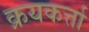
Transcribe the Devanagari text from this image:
क्रयकर्त्ता